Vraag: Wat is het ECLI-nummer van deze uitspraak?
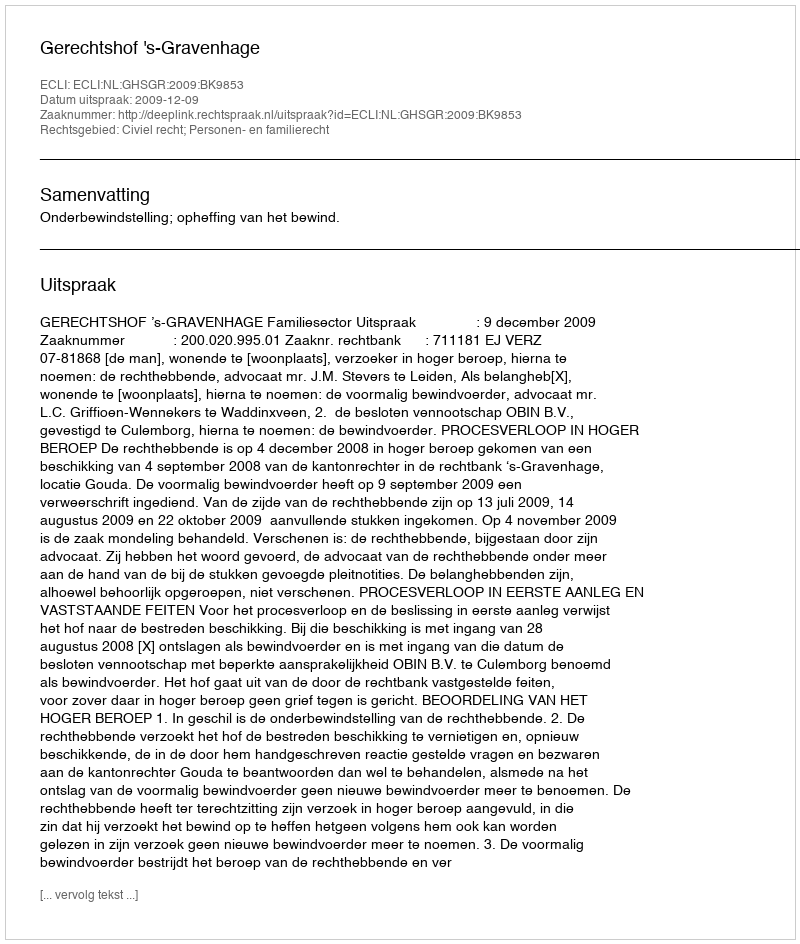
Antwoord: ECLI:NL:GHSGR:2009:BK9853